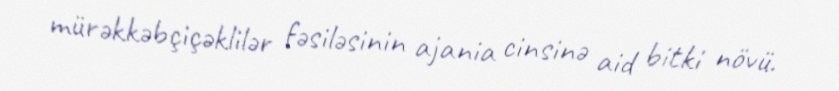
mürəkkəbçiçəklilər fəsiləsinin ajania cinsinə aid bitki növü.